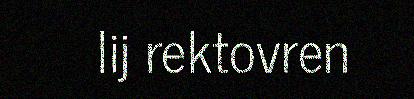
lij rektovren